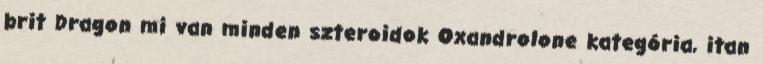
brit Dragon mi van minden szteroidok Oxandrolone kategória, itan